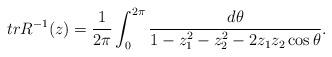
LaTeX: \begin{align*}trR^{-1}(z)=\frac{1}{2\pi}\int_{0}^{2\pi}\frac{d\theta}{1-z_1^2-z_2^2-2z_1z_2\cos\theta}.\end{align*}